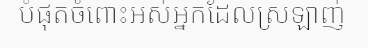
បំផុតចំពោះអស់អ្នកដែលស្រឡាញ់